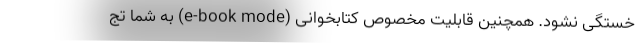
خستگی نشود. همچنین قابلیت مخصوص کتابخوانی (e-book mode) به شما تج